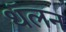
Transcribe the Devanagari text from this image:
थॅलन